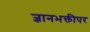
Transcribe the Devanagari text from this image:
ज्ञानभक्तीपर